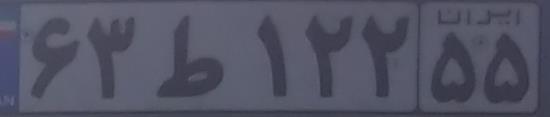
۶۳ط۱۲۲۵۵